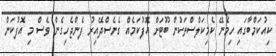
ކިއުކަމްބާގައި ހިމެނޭ ކެމިކަލްސްތަކުން ބޫޓަށް އޮފުކަމެއް ގެނެސްދޭއިރު ފެންޖެހިގެން ވެސް މި އޮފުކަން